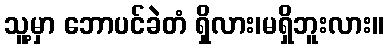
သူ့မှာ ဘောပင်ခဲတံ ရှိလား၊မရှိဘူးလား။